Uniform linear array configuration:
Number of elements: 4
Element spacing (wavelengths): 0.25
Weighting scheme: kaiser
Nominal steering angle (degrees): -30
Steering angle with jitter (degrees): -31.362
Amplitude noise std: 0.05
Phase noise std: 0.05

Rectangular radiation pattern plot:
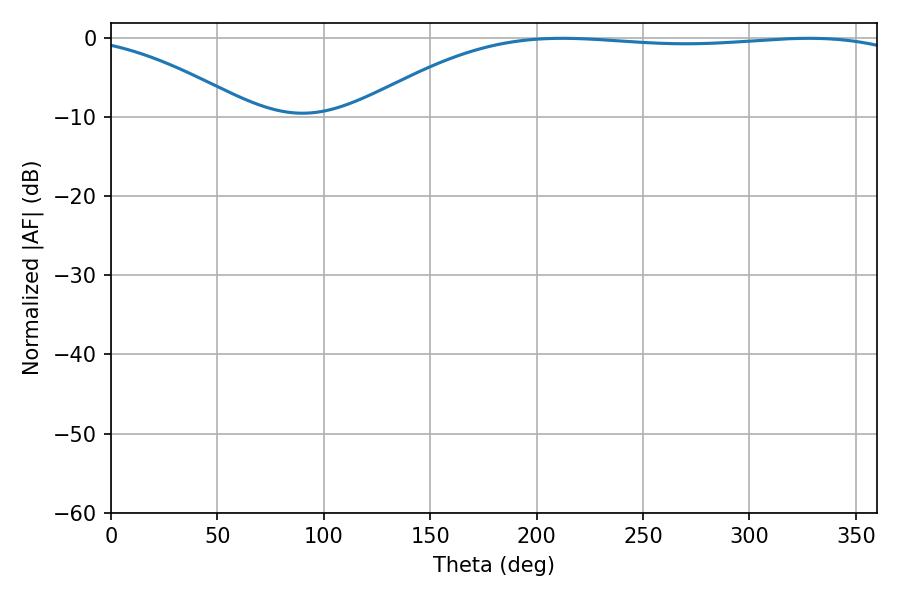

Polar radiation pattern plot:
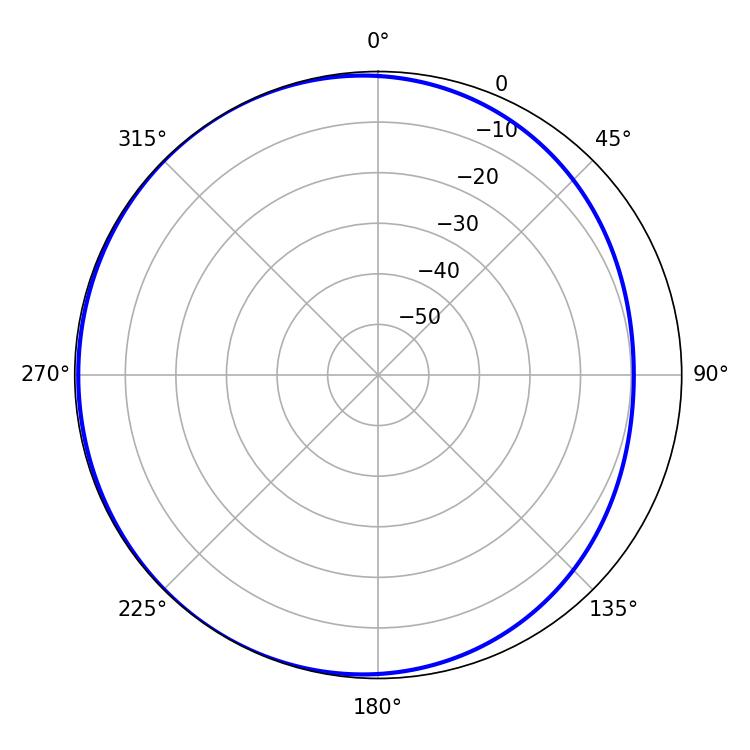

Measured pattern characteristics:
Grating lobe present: FALSE
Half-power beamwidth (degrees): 204.84
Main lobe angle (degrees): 212.04